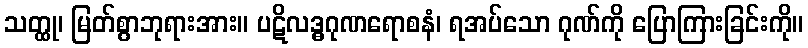
သတ္ထု၊ မြတ်စွာဘုရားအား။ ပဋိလဒ္ဓဂုဏရောစနံ၊ ရအပ်သော ဂုဏ်ကို ပြောကြားခြင်းကို။